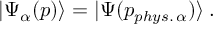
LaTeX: | \Psi _ { \alpha } ( p ) \rangle = | \Psi ( p _ { p h y s . \, \alpha } ) \rangle \; .